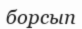
борсып